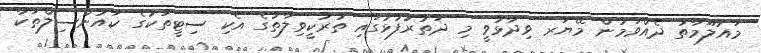
މައުލޫމާތު ދެއްވަމުން މޭޔަރ ވިދާޅުވީ މި ދަތުރުފުޅުގައި ތުރުކީވިލާތުގެ އެކި ސިޓީތަކުގެ ކައުންސިލްތަކާ